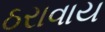
ઠરાવાય